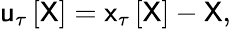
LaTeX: \mathsf{u}_{\tau}\left[\mathsf{X}\right]=\mathsf{x}_{\tau}\left[\mathsf{X}\right]-\mathsf{X},